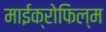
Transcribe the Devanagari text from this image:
माईक्रोफिल्म